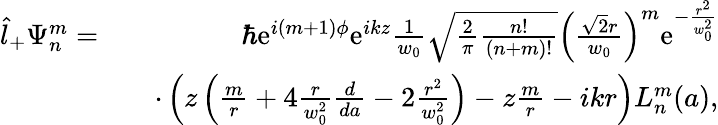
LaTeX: \begin{array}{rlr}{\hat{l}_{+}\Psi_{n}^{m}=}&{}&{\hbar\mathrm{e}^{i(m+1)\phi}\mathrm{e}^{ikz}\frac{1}{w_{0}}\sqrt{\frac{2}{\pi}\frac{n!}{(n+m)!}}\left(\frac{\sqrt{2}r}{w_{0}}\right)^{m}\mathrm{e}^{-\frac{r^{2}}{w_{0}^{2}}}}\\ &{}&{\cdot\left(z\left(\frac{m}{r}+4\frac{r}{w_{0}^{2}}\frac{d}{da}-2\frac{r^{2}}{w_{0}^{2}}\right)-z\frac{m}{r}-ikr\right)L_{n}^{m}(a),}\end{array}